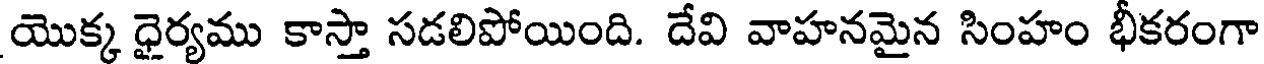
యొక్క ధైర్యము కాస్తా సడలిపోయింది. దేవి వాహనమైన సింహం భీకరంగా